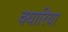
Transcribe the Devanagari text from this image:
क्यारिया